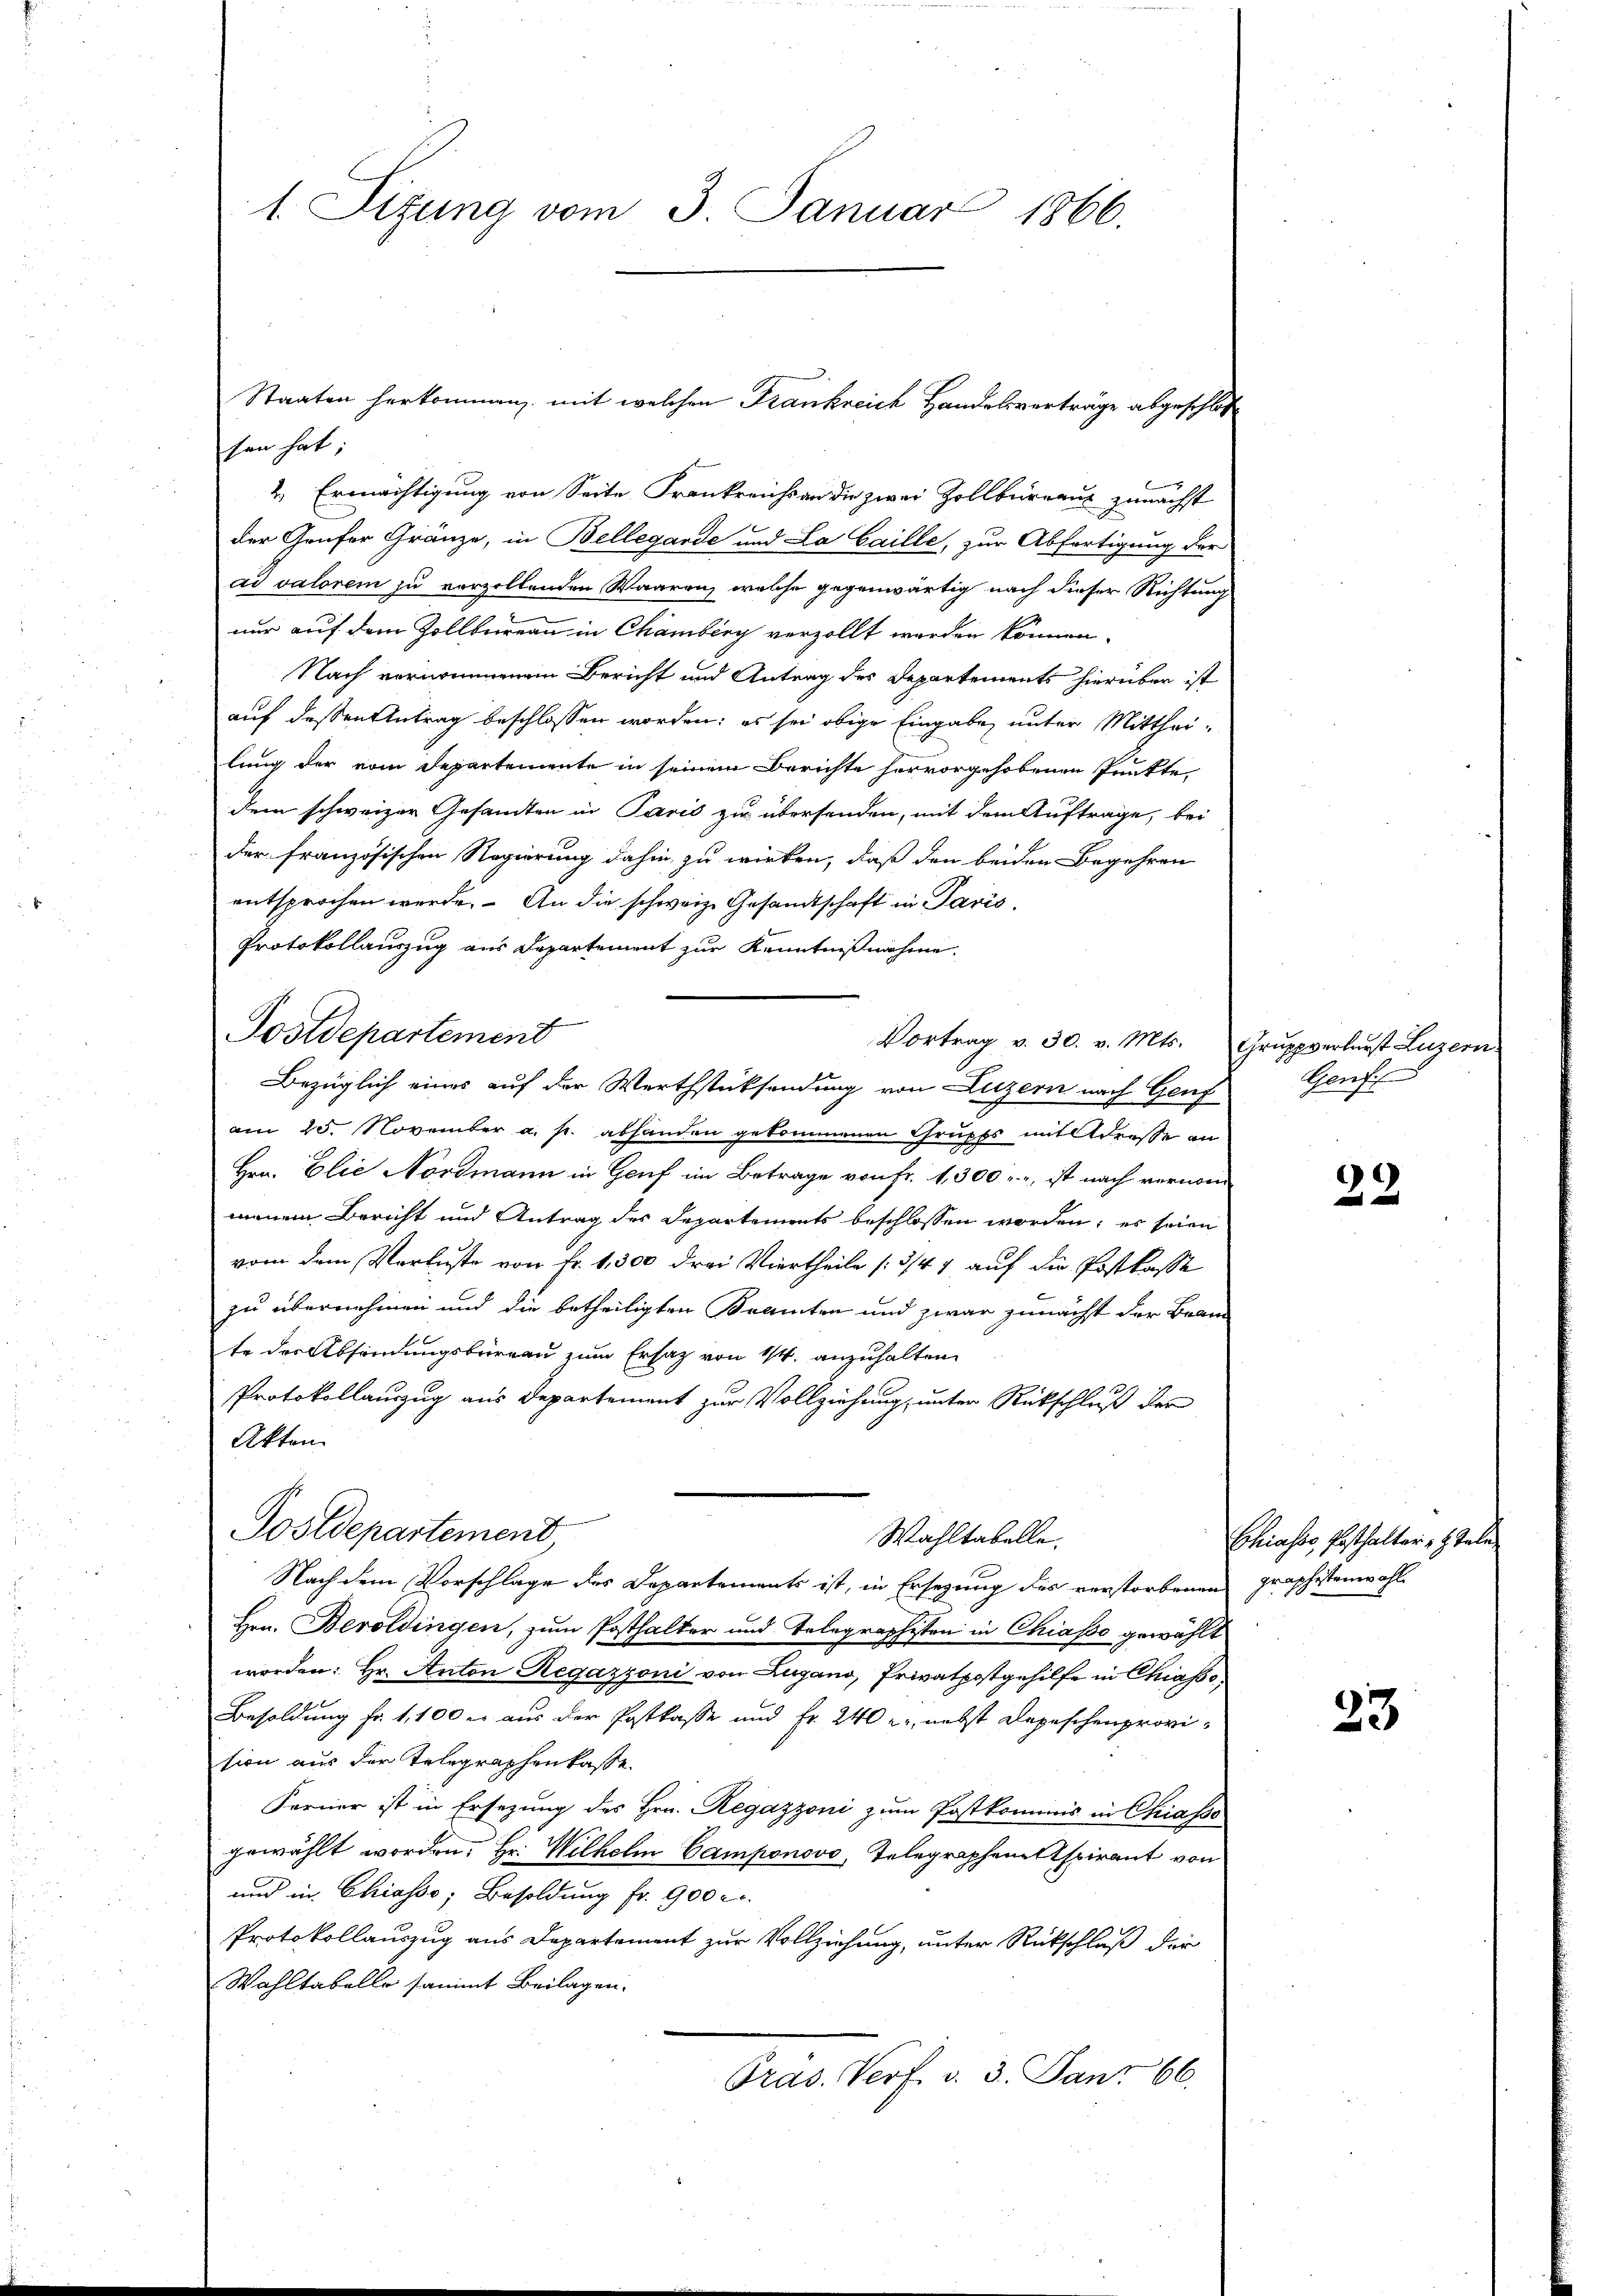
1. Sitzung vom 3. Januar 1866.

sen hat;
2 Ermächtigung von Seite Frankreichs an die zwei Zollbüreaus zunächst
der Grufer Gränze, in Bellegarde und La Caille, zur Abfertigung der
ad valorem zu vorzollenden Waaren, welche gegenwärtig nach dieser Richtung
nur auf dem Zollbüreau in Chamberg verzollt werden können.
Nach vernommenem Bericht und Antrag des Departements hierüber ist
auf dessen Antrag beschlossen worden; es sei obige Eingabe unter Mittheilung der vom Departemente in seinem Berichte hervorgehobenen Punkte
dem schweizer Gesandten in Paris zu übersenden, mit dem Auftrage, bei
der französischen Regierung dahin zu wirken, daß den beiden Begehren
entsprochen werde. An die schweiz. Gesandtschaft in Paris.
Protokollauszug aus Departement zur Kenntnißnahme
Postdepartement
Vortrag v. 30. v. Mts. Gruppverlurst Luzern
am 25. November a. p. abhanden gekommenen Grupps mit Adresse an
Hrn. Elie Nordmann in Genf im Betrage von Fr. 1,300 u. ist nach vernommeinem Bericht und Antrag des Departements beschlossen worden; es seien
vom dem Verluste von Fr. 1,300 drei Viertheile (3/47 auf die Postkasse
zu übernehmen und die betheiligten Beamten und zwar zunächst der Bran
te der Absendungsbureau zum Ersatz von 1/4. anzuhalten.
Protokollauszug aus Departement zur Vollziehung, unter Rückschluß der
Akten.
Postdepartement,
Wahltabelle.
Nach dem Vorschlage des Departements ist, in Ersezung des verstorbenen graphistenwahl
Hrn. Beroldingen, zum Posthalter und Telegraphisten in Chiasso gewählt
worden: Hr. Anton Regazzoni von Lugano, Privatpostgehilfe in Chiasso
Besoldung fr. 1,100 er aus der Postkasse und Fr. 240 u. nebst Depeschenprovision aus der Telegraphenkasse.
Ferner ist in Ersezung des Hrn. Regazzoni zum Postkommnis in Chiasso
gewählt worden. Hr. Wilhelm Camponovo, Telegraphene spirant von
und in Chiasso, Besoldung fr. 900 c.
Protokollauszug aus Departement zur Vollziehung, unter Rückschluß der
Wahltabello sammt Beilagen.
Pras. Verf. v. 3. Janr 66.

Staaten herkommen, mit welchen Frankreich Handelsverträge abgeschlos

Bezüglich eines auf der Werthstücksendung von Luzern nach Genf

Gent

39

Chiasso, Posthalter 7 Talen

23